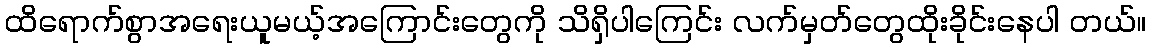
ထိရောက်စွာအရေးယူမယ့်အကြောင်းတွေကို သိရှိပါကြေင်း လက်မှတ်တွေထိုးခိုင်းနေပါ တယ်။